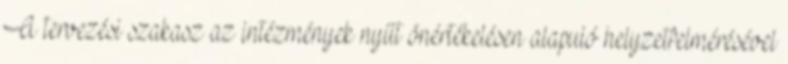
A tervezési szakasz az intézmények nyílt önértékelésen alapuló helyzetfelmérésével